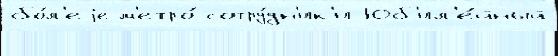
бо́л'еjе м'етро́ сотру́дн'ик'и Юб'ил'е́йный